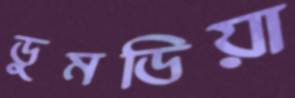
ডুমডিয়া